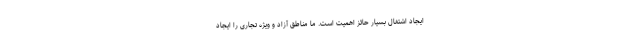
ایجاد اشتغال بسیار حائز اهمیت است. ما مناطق آزاد و ویژه تجاری را ایجاد